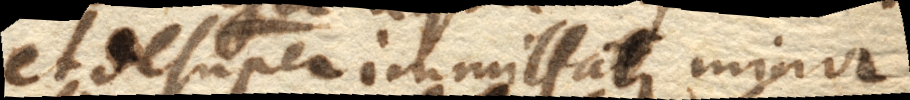
et desuper immittatur minor